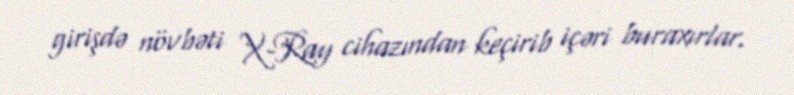
girişdə növbəti X-Ray cihazından keçirib içəri buraxırlar.